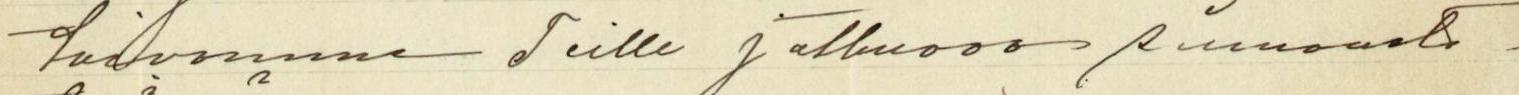
toivomme Teille jatkuvaa siunausta -